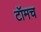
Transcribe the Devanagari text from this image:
टॉमच